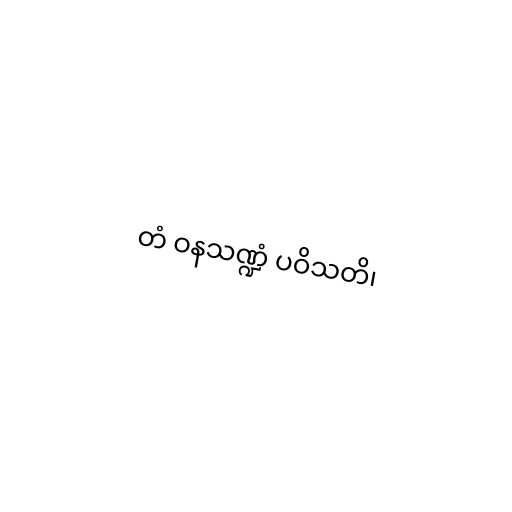
တံ ဝနသဏ္ဍံ ပဝိသတိ၊